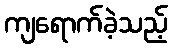
ကျရောက်ခဲ့သည့်